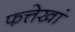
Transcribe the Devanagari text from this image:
फत्तेखां